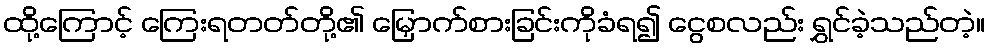
ထို့ကြောင့် ကြေးရတတ်တို့၏ မြှောက်စားခြင်းကိုခံရ၍ ငွေစလည်း ရွှင်ခဲ့သည်တဲ့။